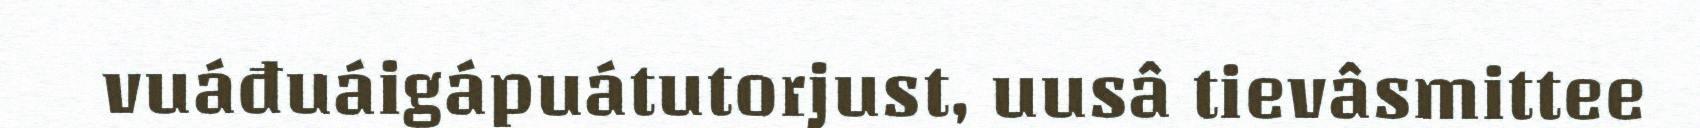
vuáđuáigápuátutorjust, uusâ tievâsmittee